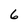
Character: 6